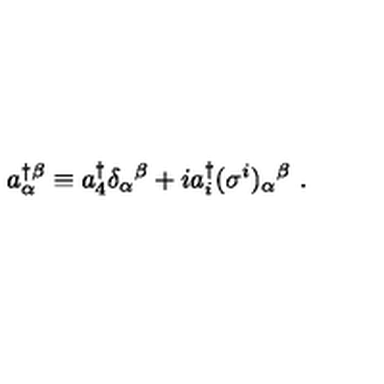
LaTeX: a _ { \alpha } ^ { \dagger } \! ^ { \beta } \equiv a _ { 4 } ^ { \dagger } \delta _ { \alpha } { } ^ { \beta } + i a _ { i } ^ { \dagger } ( \sigma ^ { i } ) _ { \alpha } { } ^ { \beta } \ .